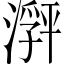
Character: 𬈽